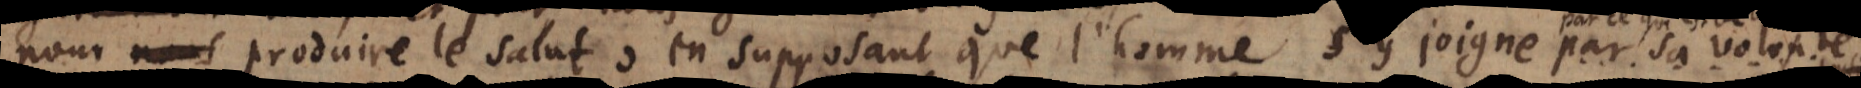
produire le salut, en supposant que l’homme s’y joigne par sa volonté,